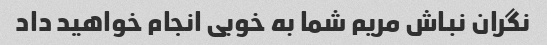
نگران نباش مریم شما به خوبی انجام خواهید داد